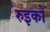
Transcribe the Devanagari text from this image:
रुइको